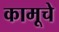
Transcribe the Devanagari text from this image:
कामूचे